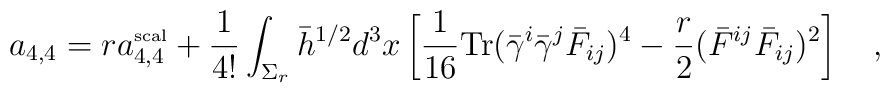
a_{4,4}=ra_{4,4}^{\mbox{\tiny{scal}}}+{1 \over 4!}\int_{\Sigma_r} \bar{h}^{1/2}d^3x\left[{1\over 16} \mbox{Tr}(\bar{\gamma}^i\bar{\gamma}^j\bar{F}_{ij})^4-{r \over 2} (\bar{F}^{ij}\bar{F}_{ij})^2 \right]~~~,